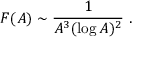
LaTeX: { \cal F } ( A ) \sim { \frac { 1 } { A ^ { 3 } ( \log A ) ^ { 2 } } } \ .